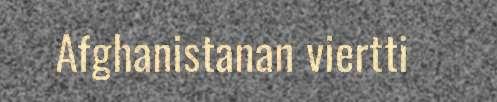
Afghanistanan viertti